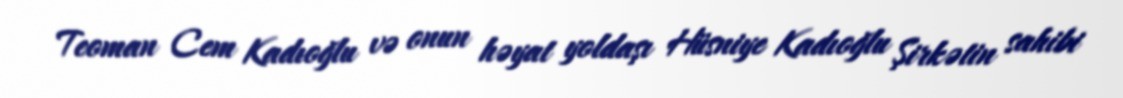
Teoman Cem Kadıoğlu və onun həyat yoldaşı Hüsniye Kadıoğlu Şirkətin sahibi